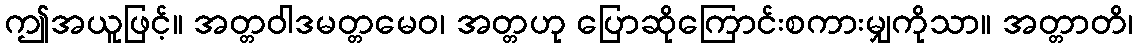
ဤအယူဖြင့်။ အတ္တဝါဒမတ္တမေဝ၊ အတ္တဟု ပြောဆိုကြောင်းစကားမျှကိုသာ။ အတ္တာတိ၊